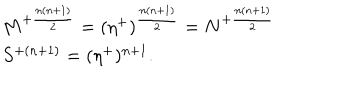
LaTeX: \begin{array} { l c r } { { M ^ { + { \frac { n ( n + 1 ) } { 2 } } } = ( \eta ^ { + } ) ^ { { \frac { n ( n + 1 ) } { 2 } } } = N ^ { + { \frac { n ( n + 1 ) } { 2 } } } } } \\ { { S ^ { + ( n + 1 ) } = ( \eta ^ { + } ) ^ { n + 1 } . } } \\ \end{array}